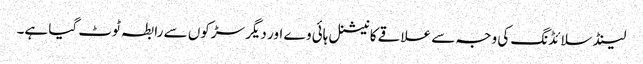
لینڈ سلائڈنگ کی وجہ سے علاقے کا نیشنل ہائی وے اور دیگر سڑکوں سے رابطہ ٹوٹ گیا ہے۔